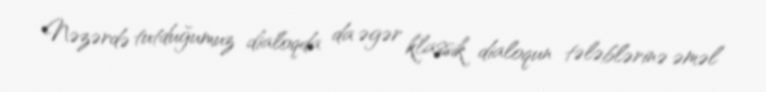
Nəzərdə tutduğumuz dialoqda da əgər klassik dialoqun tələblərinə əməl